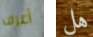
أعرف هل